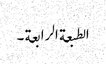
الطبعة الرابعة ۔